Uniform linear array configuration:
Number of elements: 64
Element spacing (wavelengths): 1
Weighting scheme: hann
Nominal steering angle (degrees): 30
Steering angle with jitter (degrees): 29.446
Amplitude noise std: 0.05
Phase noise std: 0.05

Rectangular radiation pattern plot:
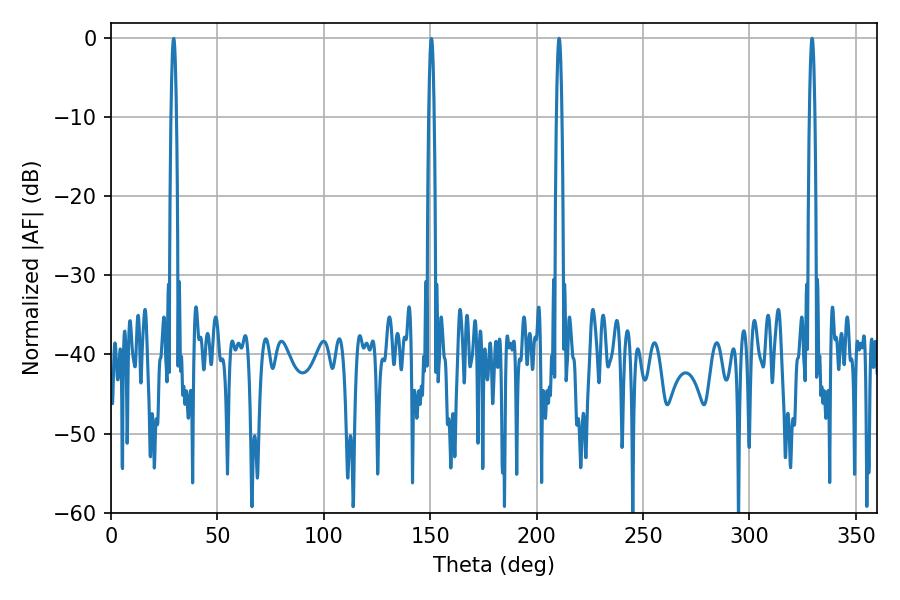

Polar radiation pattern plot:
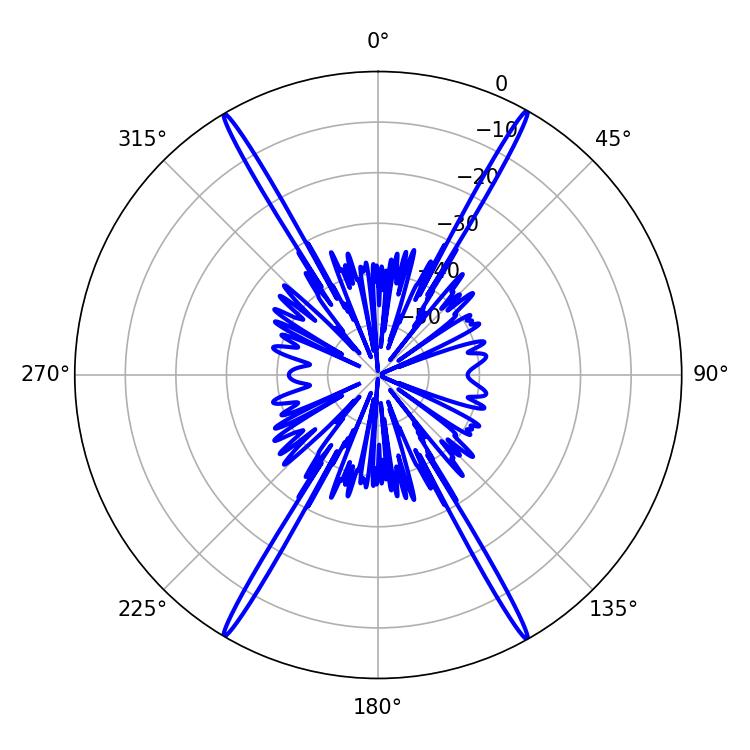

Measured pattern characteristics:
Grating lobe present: TRUE
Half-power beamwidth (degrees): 1.44
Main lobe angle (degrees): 210.6